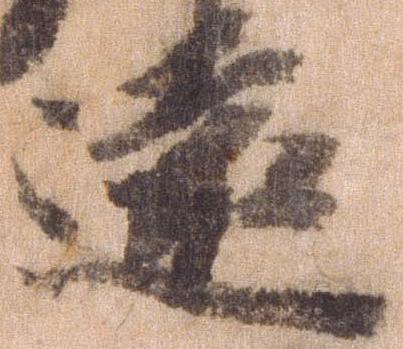
遠